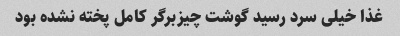
غذا خیلی سرد رسید گوشت چیزبرگر کامل پخته نشده بود